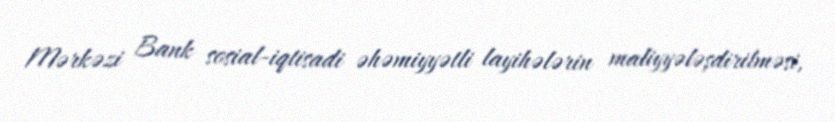
Mərkəzi Bank sosial-iqtisadi əhəmiyyətli layihələrin maliyyələşdirilməsi,